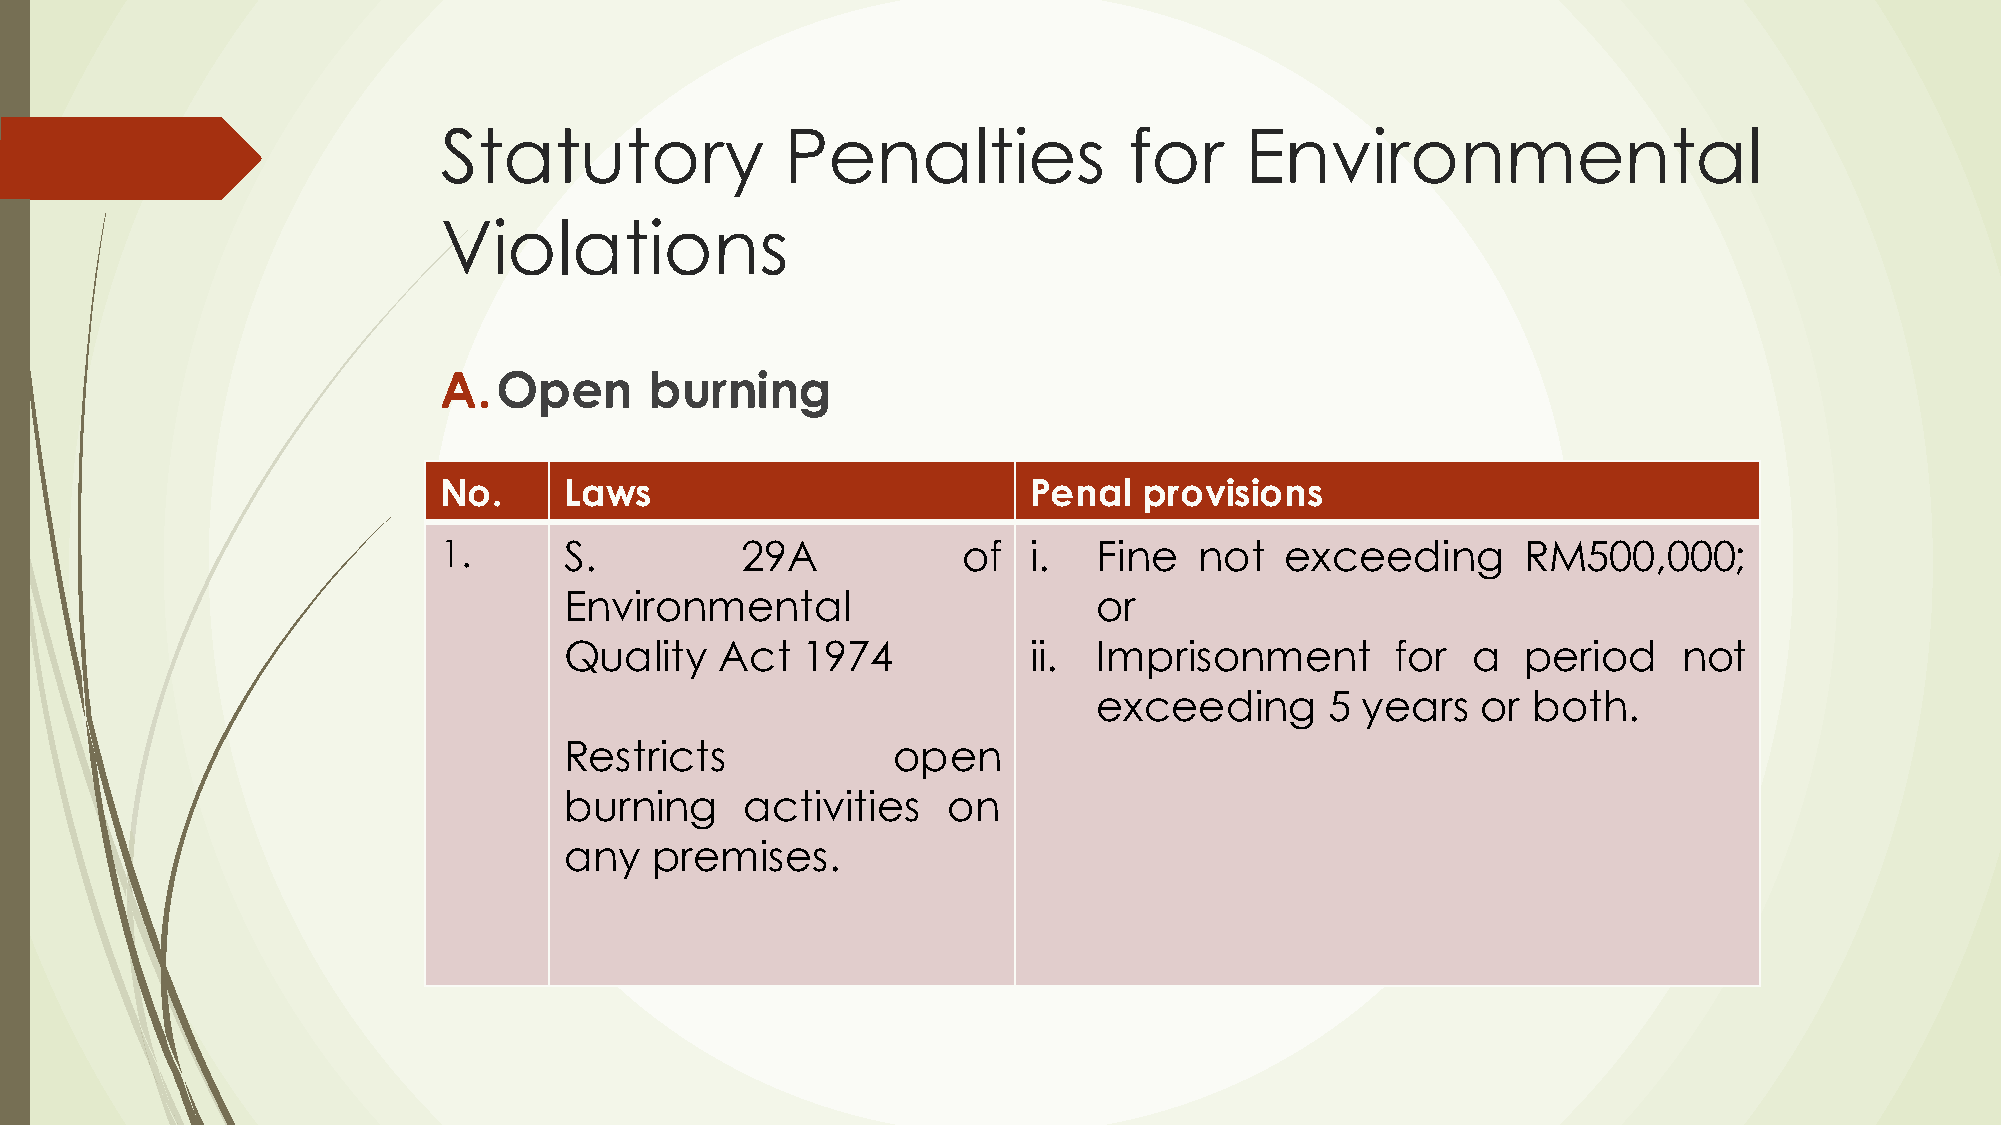
Statutory              Penalties              for    Environmental
 Violations
 A.Open        burning
 No.     Laws                           Penal   provisions
 1.      S.          29A            of  i.   Fine  not   exceeding       RM500,000;
 Environmental                       or
 Quality    Act  1974           ii.  Imprisonment       for  a   period    not
 exceeding      5 years   or both.
 Restricts             open
 burning     activities    on
 any   premises.